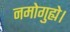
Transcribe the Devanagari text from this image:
नमोगुह्ये।